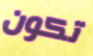
تكون